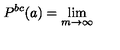
P ^ { b c } ( a ) = \lim _ { m \rightarrow \infty }